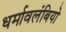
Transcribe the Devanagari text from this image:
धर्मावलंबियो